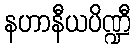
နဟာနီယပိဏ္ဍီ